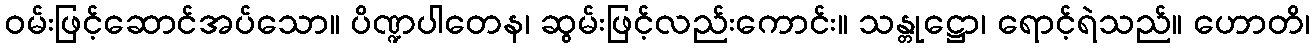
ဝမ်းဖြင့်ဆောင်အပ်သော။ ပိဏ္ဍပါတေန၊ ဆွမ်းဖြင့်လည်းကောင်း။ သန္တုဋ္ဌော၊ ရောင့်ရဲသည်။ ဟောတိ၊